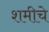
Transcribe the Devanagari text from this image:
शमीचे